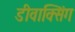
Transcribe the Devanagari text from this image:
डीवाक्सिंग